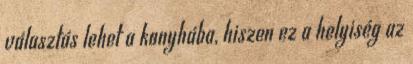
választás lehet a konyhába, hiszen ez a helyiség az